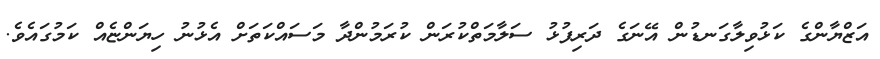
އަޒްޔާންގެ ކަޅުވިލާގަނޑުން އޭނަގެ ދަރިފުޅު ސަލާމަތްކުރަން ކުރަމުންދާ މަސައްކަތަށް އެޅުނު ހިޔަންޏެއް ކަމުގައެވެ.